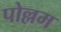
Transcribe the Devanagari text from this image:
पोल्लम